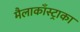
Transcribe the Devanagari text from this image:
मैलाकाँस्ट्राका